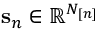
{ \mathbf s } _ { n } \in \mathbb { R } ^ { N _ { [ n ] } }